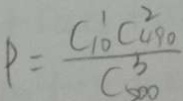
P = \frac { C _ { 1 0 } ^ { 1 } C _ { 4 9 0 } ^ { 2 } } { C _ { 5 0 0 } ^ { 3 } }